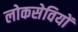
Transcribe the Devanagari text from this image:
लोकसेवियों